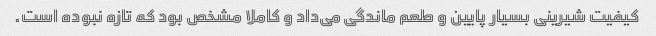
کیفیت شیرینی بسیار پایین و طعم ماندگی می‌داد و کاملا مشخص بود که تازه نبوده است.